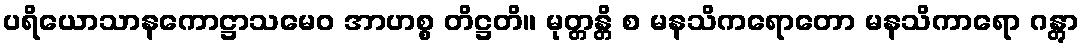
ပရိယောသာနကောဋ္ဌာသမေဝ အာဟစ္စ တိဋ္ဌတိ။ မုတ္တန္တိ စ မနသိကရောတော မနသိကာရော ဂန္တွာ